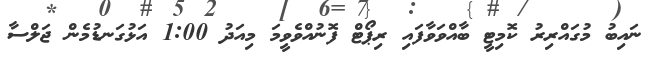
ނައިބު މުގައްރިރު ކޮމިޓީ ބާއްވަވާފައި ރިޕޯޓް ފޮނުއްވެވީމަ މިއަދު 1:00 އަޅުގަނޑުމެން ޖަލްސާ